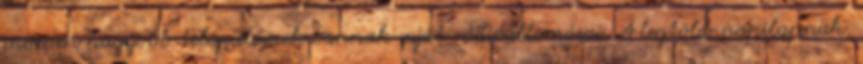
minden nagyobb településnek vannak saját rádióállomásai. A legtöbb napilapnak,